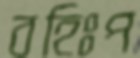
বহিঃপ